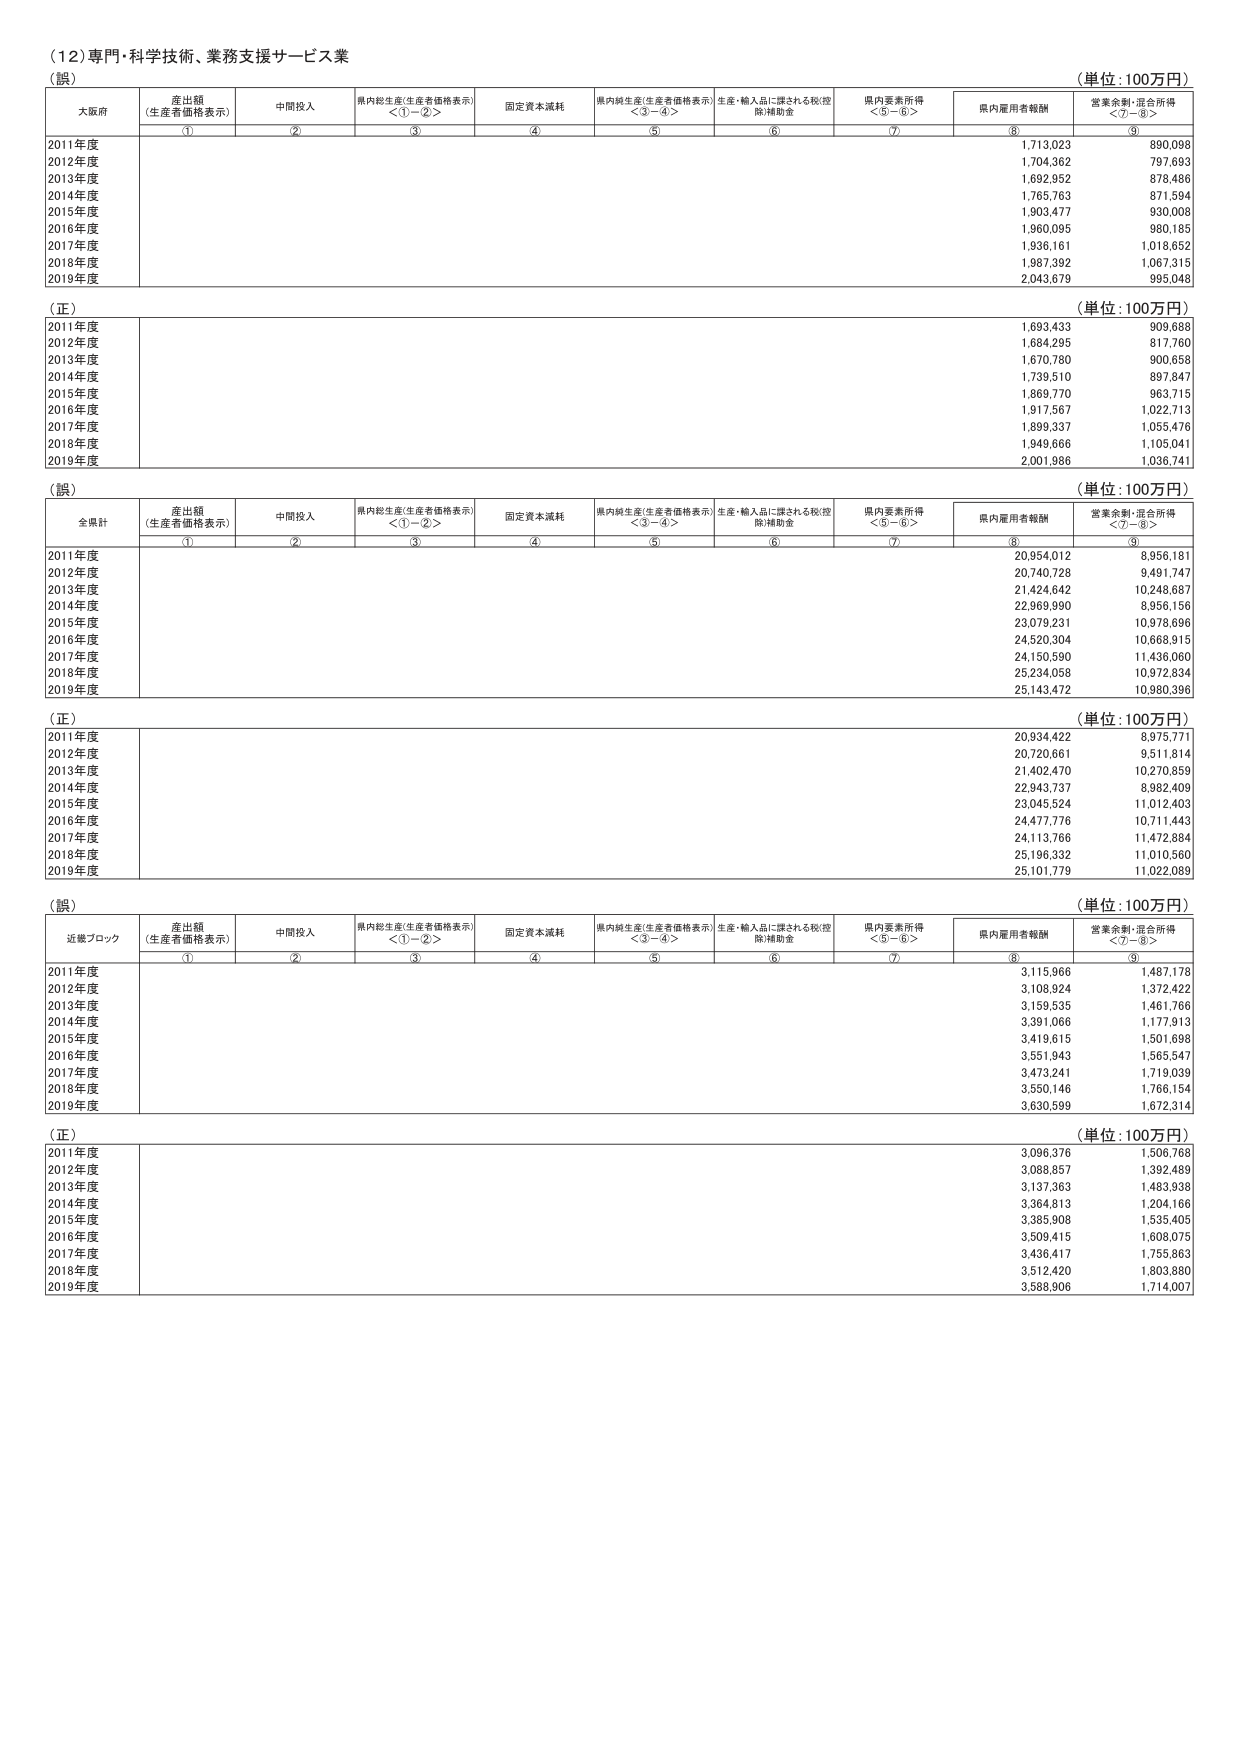
（12）専門・科学技術、業務支援サービス業
（誤）
（単位：100万円）
大阪府
産出額（生産者価格表示）
中間投入
県内総生産（生産者価格表示）＜①－②＞
固定資本減耗
県内純生産（生産者価格表示）＜③－④＞
生産・輸入品に課される税（控除）補助金
県内要素所得＜⑤－⑥＞
県内雇用者報酬
営業余剰・混合所得＜⑦－⑧＞
①
②
③
④
⑤
⑥
⑦
⑧
⑨
2011年度
1,713,023
890,098
2012年度
1,704,362
797,693
2013年度
1,692,952
878,486
2014年度
1,765,763
871,594
2015年度
1,903,477
930,008
2016年度
1,960,095
980,185
2017年度
1,936,161
1,018,652
2018年度
1,987,392
1,067,315
2019年度
2,043,679
995,048
（正）
（単位：100万円）
2011年度
1,693,433
909,688
2012年度
1,684,295
817,760
2013年度
1,670,780
900,658
2014年度
1,739,510
897,847
2015年度
1,869,770
963,715
2016年度
1,917,567
1,022,713
2017年度
1,899,337
1,055,476
2018年度
1,949,666
1,105,041
2019年度
2,001,986
1,036,741
（誤）
（単位：100万円）
全県計
産出額（生産者価格表示）
中間投入
県内総生産（生産者価格表示）＜①－②＞
固定資本減耗
県内純生産（生産者価格表示）＜③－④＞
生産・輸入品に課される税（控除）補助金
県内要素所得＜⑤－⑥＞
県内雇用者報酬
営業余剰・混合所得＜⑦－⑧＞
①
②
③
④
⑤
⑥
⑦
⑧
⑨
2011年度
20,954,012
8,956,181
2012年度
20,740,728
9,491,747
2013年度
21,424,642
10,248,687
2014年度
22,969,990
8,956,156
2015年度
23,079,231
10,978,696
2016年度
24,520,304
10,668,915
2017年度
24,150,590
11,436,060
2018年度
25,234,058
10,972,834
2019年度
25,143,472
10,980,396
（正）
（単位：100万円）
2011年度
20,934,422
8,975,771
2012年度
20,720,661
9,511,814
2013年度
21,402,470
10,270,859
2014年度
22,943,737
8,982,409
2015年度
23,045,524
11,012,403
2016年度
24,477,776
10,711,443
2017年度
24,113,766
11,472,884
2018年度
25,196,332
11,010,560
2019年度
25,101,779
11,022,089
（誤）
（単位：100万円）
近畿ブロック
産出額（生産者価格表示）
中間投入
県内総生産（生産者価格表示）＜①－②＞
固定資本減耗
県内純生産（生産者価格表示）＜③－④＞
生産・輸入品に課される税（控除）補助金
県内要素所得＜⑤－⑥＞
県内雇用者報酬
営業余剰・混合所得＜⑦－⑧＞
①
②
③
④
⑤
⑥
⑦
⑧
⑨
2011年度
3,115,966
1,487,178
2012年度
3,108,924
1,372,422
2013年度
3,159,535
1,461,766
2014年度
3,391,066
1,177,913
2015年度
3,419,615
1,501,698
2016年度
3,551,943
1,565,547
2017年度
3,473,241
1,719,039
2018年度
3,550,146
1,766,154
2019年度
3,630,599
1,672,314
（正）
（単位：100万円）
2011年度
3,096,376
1,506,768
2012年度
3,088,857
1,392,489
2013年度
3,137,363
1,483,938
2014年度
3,364,813
1,204,166
2015年度
3,385,908
1,535,405
2016年度
3,509,415
1,608,075
2017年度
3,436,417
1,755,863
2018年度
3,512,420
1,803,880
2019年度
3,588,906
1,714,007